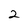
Character: 2